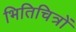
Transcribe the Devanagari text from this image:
भितिचित्रों